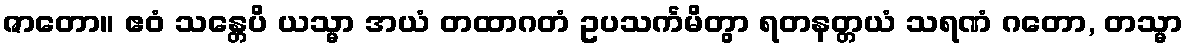
ဇာတော။ ဧဝံ သန္တေပိ ယသ္မာ အယံ တထာဂတံ ဥပသင်္ကမိတွာ ရတနတ္တယံ သရဏံ ဂတော, တသ္မာ